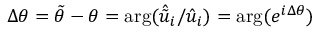
\Delta \theta = \tilde { \theta } - \theta = \mathrm { a r g } ( \hat { \tilde { u } } _ { i } / \hat { { u } } _ { i } ) = \mathrm { a r g } ( e ^ { i \Delta \theta } )